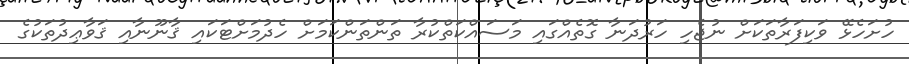
ހުށަހެޅޭ ވަކިފަރާތަކަށް ނުޖެހި ހަރުދަނާ ގޮތެއްގައި މަސައްކަތްކުރާ ތަންތަންކަމަށް ހެދުމަށްޓަކައި ޤާނޫނާއި ޤަވާޢިދުތަކުގެ